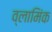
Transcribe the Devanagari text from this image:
व्लामिंक